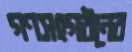
গণসংগঠনের